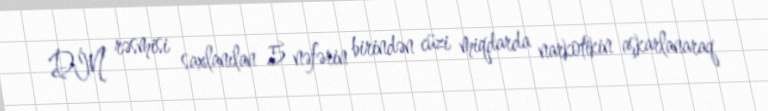
DİN rəsmisi saxlanılan 5 nəfərin birindən cüzi miqdarda narkotikin aşkarlanaraq